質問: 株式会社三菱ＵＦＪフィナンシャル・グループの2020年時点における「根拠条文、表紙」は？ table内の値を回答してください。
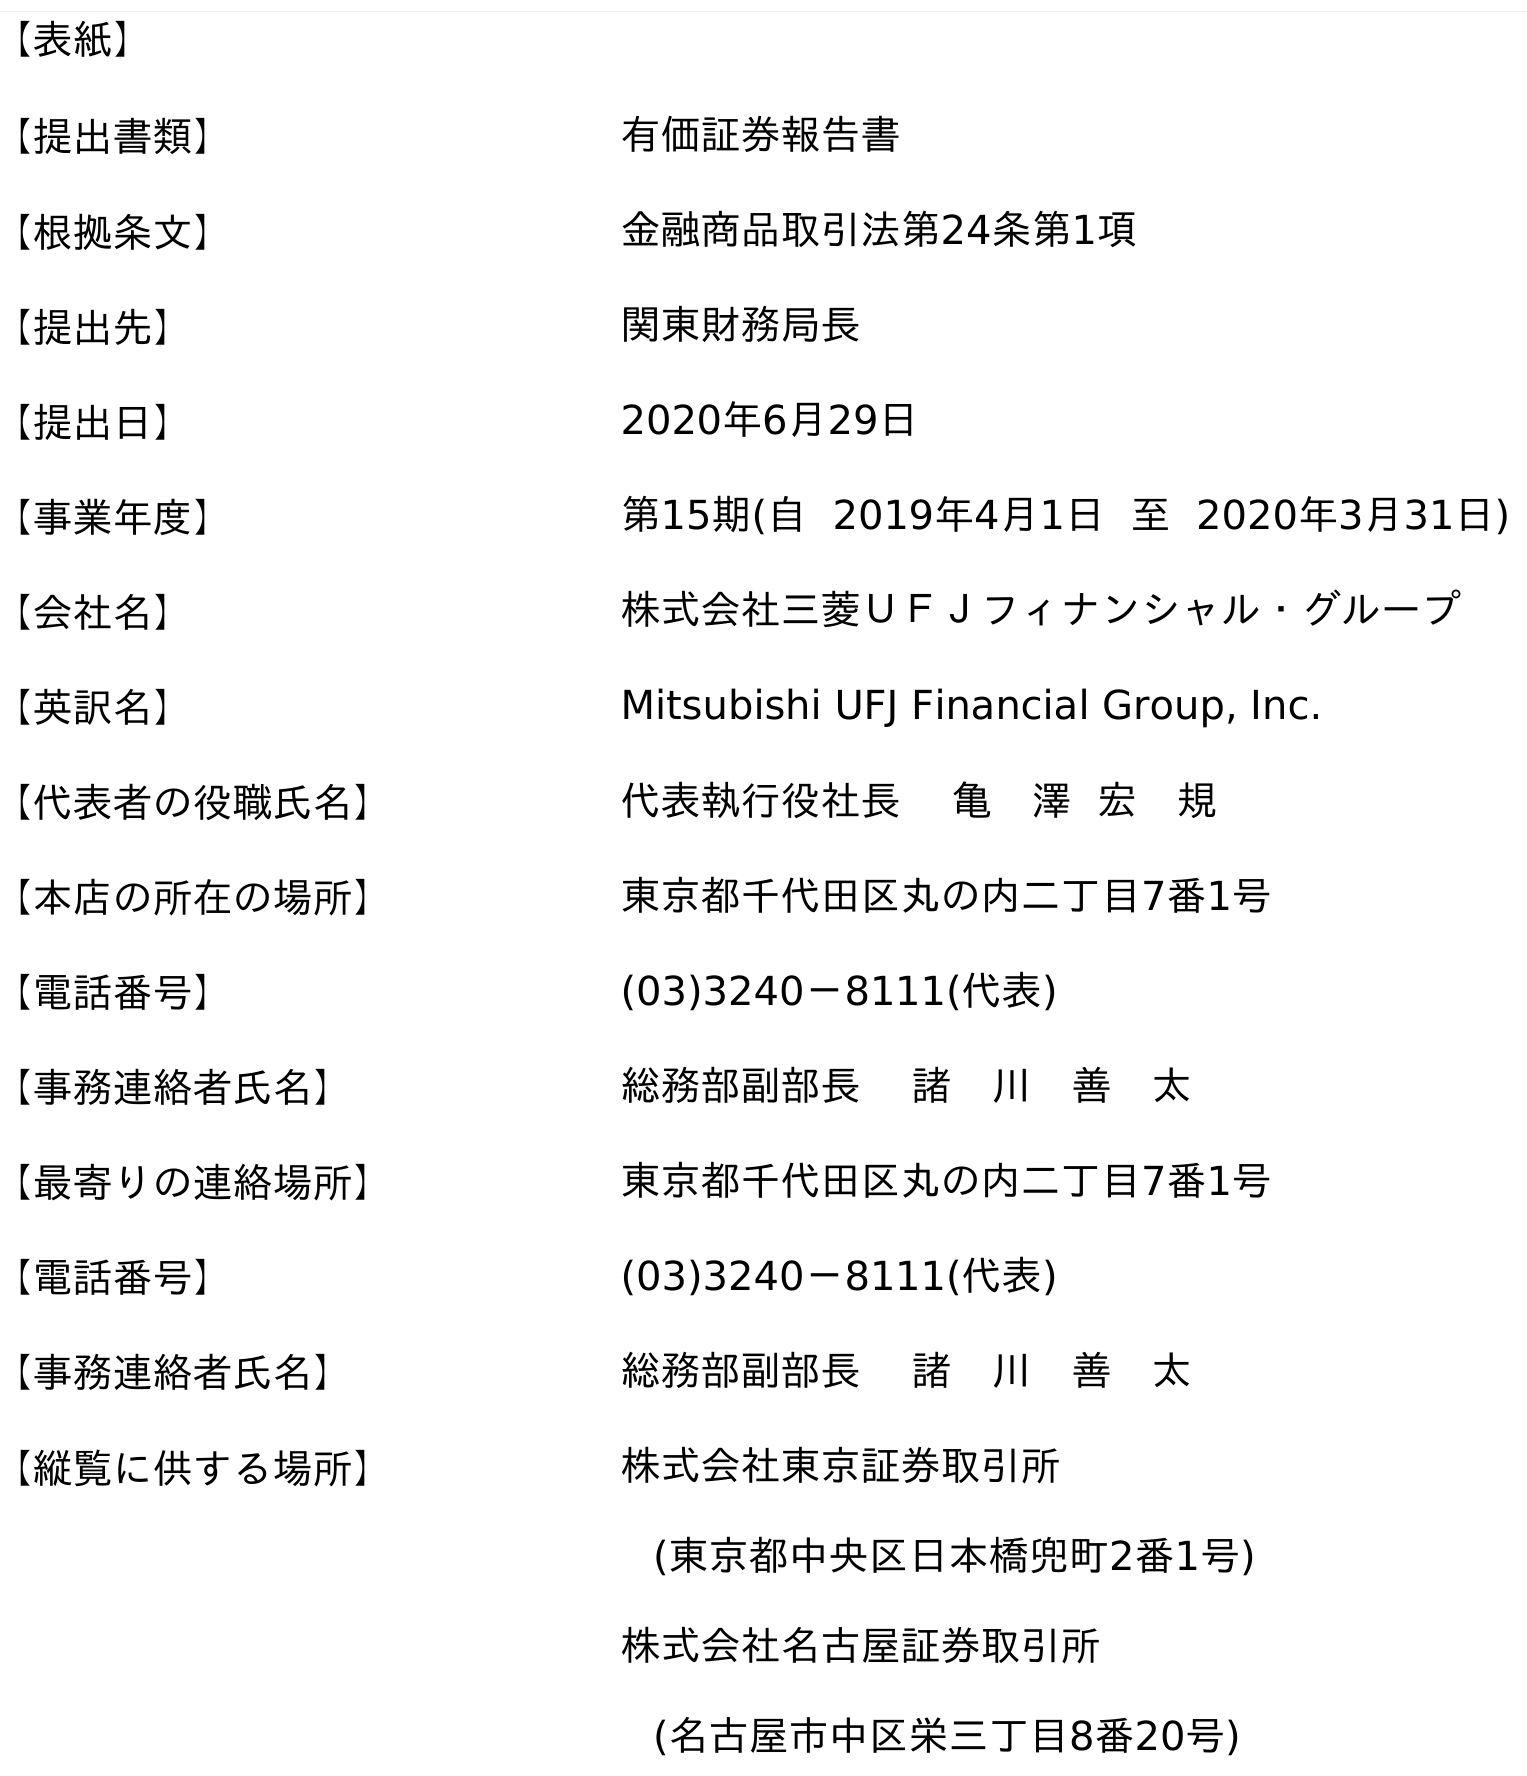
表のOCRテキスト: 【表紙】 【提出書類】 有価証券報告書 【根拠条文】 金融商品取引法第24条第1項 【提出先】 関東財務局長 【提出日】 2020年6月29日 【事業年度】 第15期(自 2019年4月1日 至 2020年3月31日) 【会社名】 株式会社三菱ＵＦＪフィナンシャル・グループ 【英訳名】 Mitsubishi UFJ Financial Group, Inc. 【代表者の役職氏名】 代表執行役社長 亀 澤 宏 規 【本店の所在の場所】 東京都千代田区丸の内二丁目7番1号 【電話番号】 (03)3240－8111(代表) 【事務連絡者氏名】 総務部副部長 諸 川 善 太 【最寄りの連絡場所】 東京都千代田区丸の内二丁目7番1号 【電話番号】 (03)3240－8111(代表) 【事務連絡者氏名】 総務部副部長 諸 川 善 太 【縦覧に供する場所】 株式会社東京証券取引所 (東京都中央区日本橋兜町2番1号) 株式会社名古屋証券取引所 (名古屋市中区栄三丁目8番20号)
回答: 金融商品取引法第24条第1項